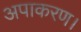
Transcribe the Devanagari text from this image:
अपाकरण।